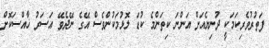
ފަތުރުވެރިކަމަކީ ދުނިޔެއަށް އަންނަ ކިތަންމެ ކުޑަ ލޮޅުމަކުންވެސް އޭގެ ނޭދެވޭ އަސަރު ޚާއްސަކޮށް